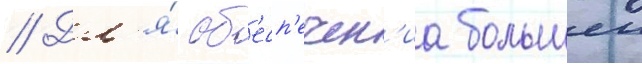
// Дл'я́ об'есп'ечен'иа большеи